Enquiry on enteric fever in India - Number 32
Disease focus: Fever
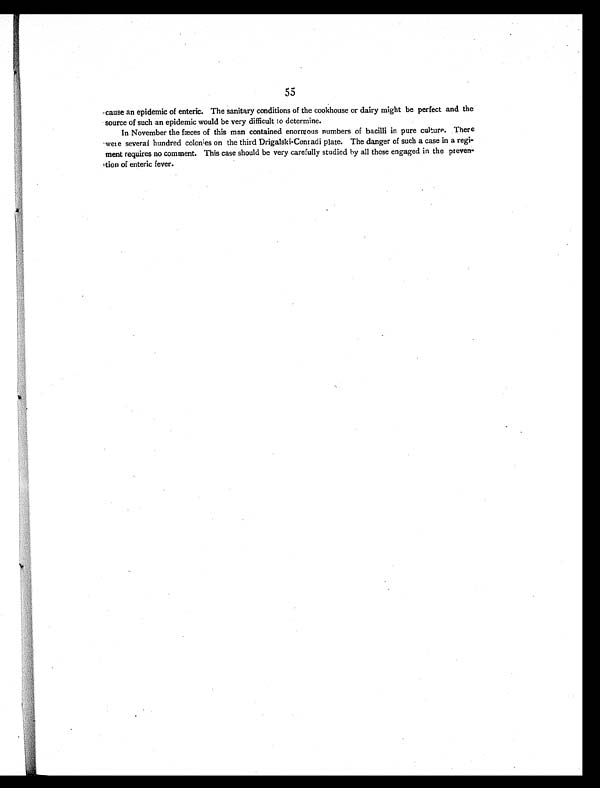
55
-cause an epidemic of enteric. The sanitary conditions of the cookhouse or dairy might be perfect and the
source of such an epidemic would be very difficult to determine.
In November the fæces of this man contained enormous numbers of bacilli in pure culture. There
were several hundred colonies on the third Drigalski-Comadi plate. The danger of such a case in a regi-
ment requires no comment. This case should be very carefully studied by all those engaged in the preven-
tion of enteric fever.